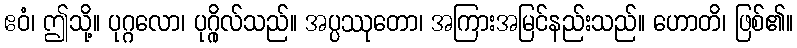
ဧဝံ၊ ဤသို့။ ပုဂ္ဂလော၊ ပုဂ္ဂိုလ်သည်။ အပ္ပဿုတော၊ အကြားအမြင်နည်းသည်။ ဟောတိ၊ ဖြစ်၏။